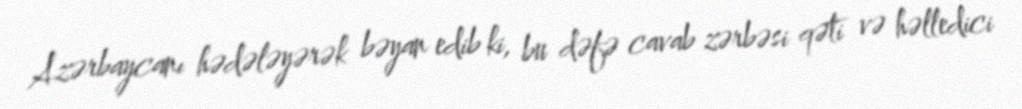
Azərbaycanı hədələyərək bəyan edib ki, bu dəfə cavab zərbəsi qəti və həlledici